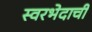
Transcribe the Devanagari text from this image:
स्वरभेदाची